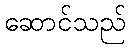
ဆောင်သည်